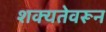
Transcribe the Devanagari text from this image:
शक्यतेवरून